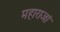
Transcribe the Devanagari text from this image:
महाराजां